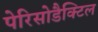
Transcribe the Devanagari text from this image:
पेरिसोडैक्टिल